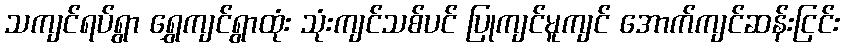
သကျင်ရပ်ရွာ ရွှေကျင်ရွာထုံး သုံးကျင်သစ်ပင် ပြုကျင်မူကျင် အောက်ကျင်ဆန်းငြင်း